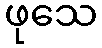
ဖုသေ